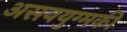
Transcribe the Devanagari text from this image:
असययुग्मकी